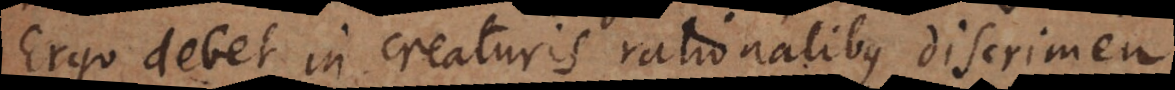
Ergo debet in creaturis rationalibus discrimen